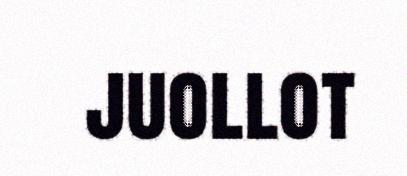
juollot